Scottish Leaving Certificate Examination, 1956
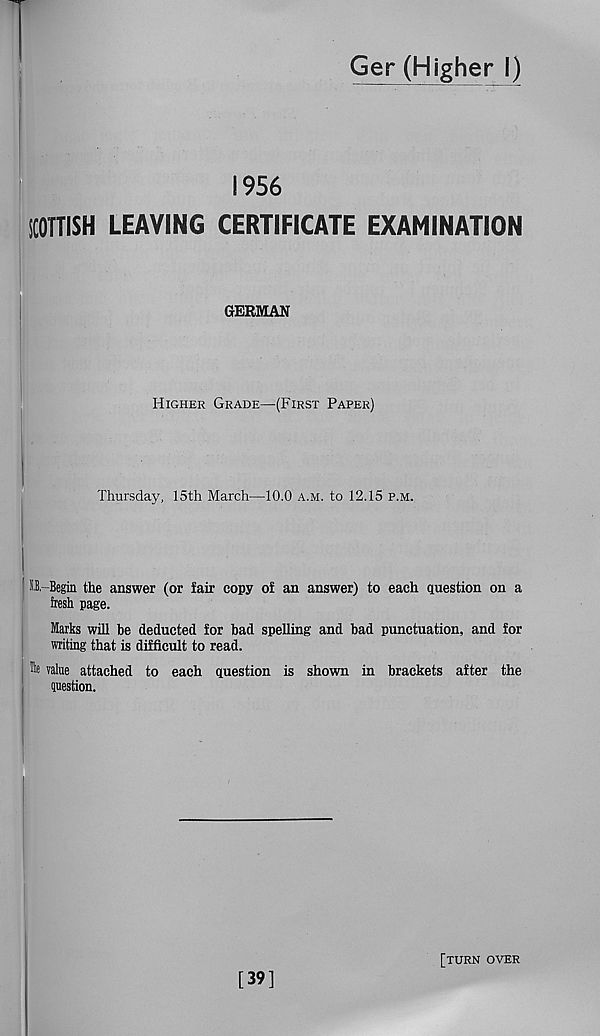
Ger (Higher I)
1956
SCOTTISH LEAVING CERTIFICATE EXAMINATION
GERMAN
Higher Grade—(First Paper)
Thursday, 15th March—10.0 a.m. to 12.15 p.m.
I.B.-Begin the answer (or fair copy of an answer) to each question on a
fresh page.
Marks will be deducted for bad spelling and bad punctuation, and for
writing that is difficult to read.
fc value attached to each question is shown in brackets after the
question.
[39]
[turn over